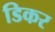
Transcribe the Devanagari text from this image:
डिकर